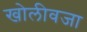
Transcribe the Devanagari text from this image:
खोलीवजा